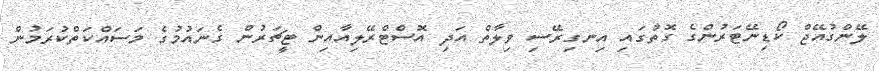
ލޭންގުއޭޖް ކޯޑިނޭޓަރުންގެ ގޮތުގައި އިނގިރޭސި ވިލާތް އަދި އޮސްޓްރޭލިއާއިން ޓީޗަރުން ގެނައުމުގެ މަސައްކަތްކުރަމުން